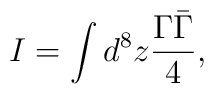
I = \int d^8 z \frac{\Gamma \bar{\Gamma}}{4} ,